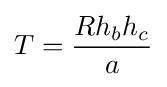
T={\frac {Rh_{b}h_{c}}{a}}